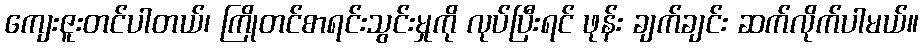
ကျေးဇူးတင်ပါတယ်၊ ကြိုတင်စာရင်းသွင်းမှုကို လုပ်ပြီးရင် ဖုန်း ချက်ချင်း ဆက်လိုက်ပါမယ်။